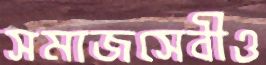
সমাজসেবীও